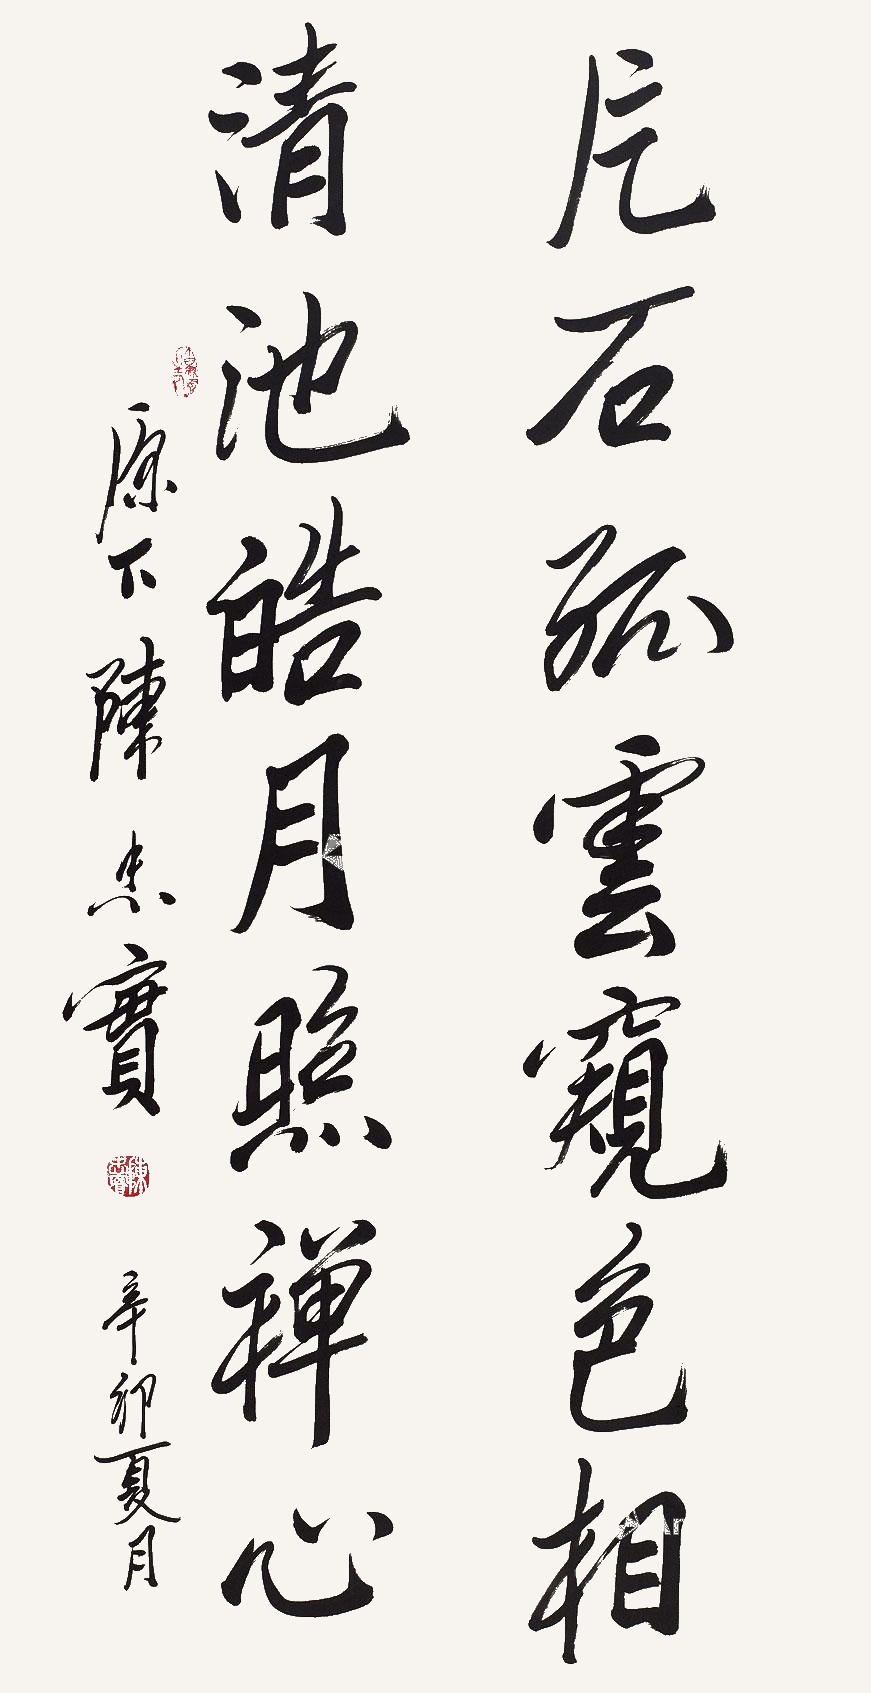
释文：片石孤云窥色相，清池皓月照禅心。原下陈忠实。辛卯夏月。